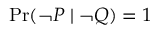
\operatorname* { P r } ( \lnot P \mid \lnot Q ) = 1